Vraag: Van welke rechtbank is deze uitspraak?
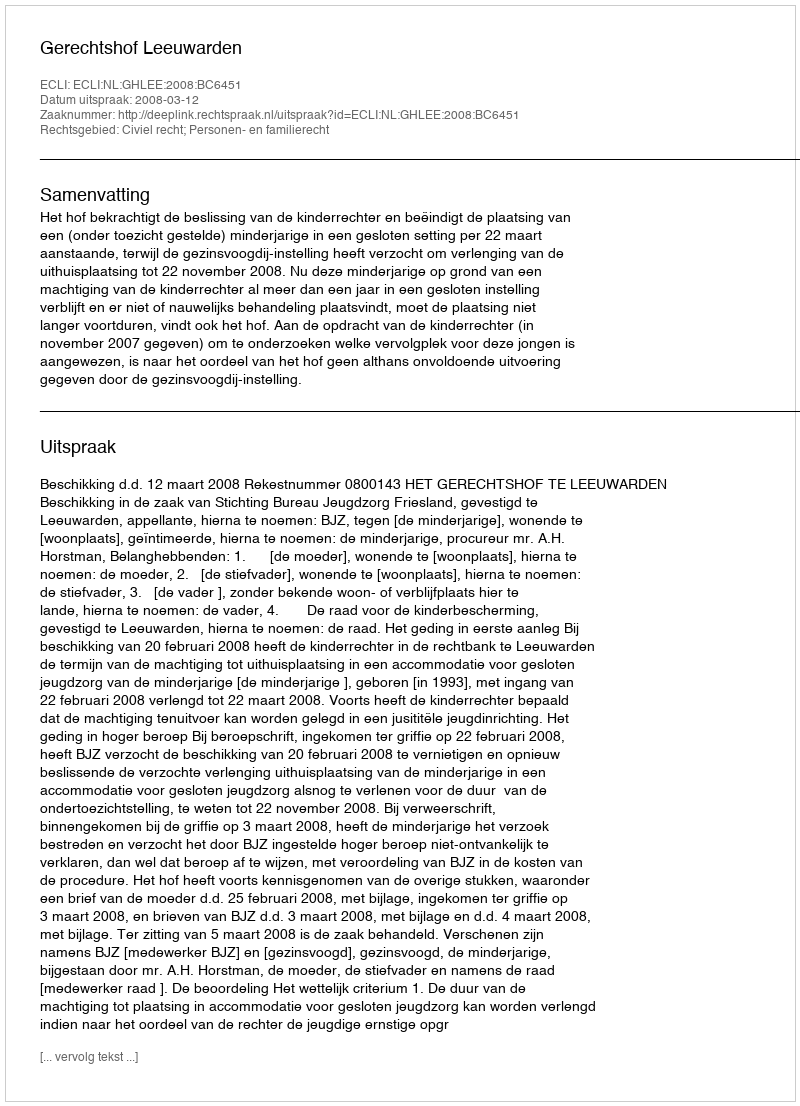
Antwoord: Gerechtshof Leeuwarden